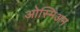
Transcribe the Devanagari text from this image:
ओस्मिअम